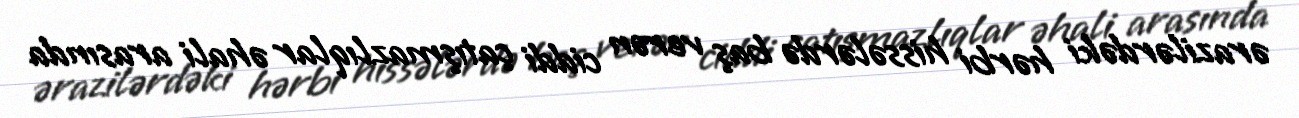
ərazilərdəki hərbi hissələrdə baş verən ciddi çatışmazlıqlar əhali arasında